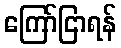
ကြော်ငြာရန်